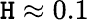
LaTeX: \mathtt{H}\approx0.1